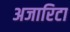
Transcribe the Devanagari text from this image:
अजारिटा